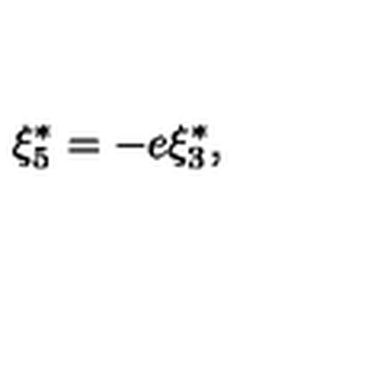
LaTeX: \xi _ { 5 } ^ { \ast } = - e \xi _ { 3 } ^ { \ast } ,